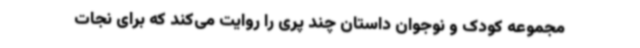
مجموعه کودک و نوجوان داستان چند پری را روایت می‌کند که برای نجات